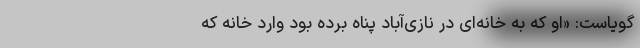
گویاست: «او که به خانه‌ای در نازی‌آباد پناه برده بود وارد خانه که